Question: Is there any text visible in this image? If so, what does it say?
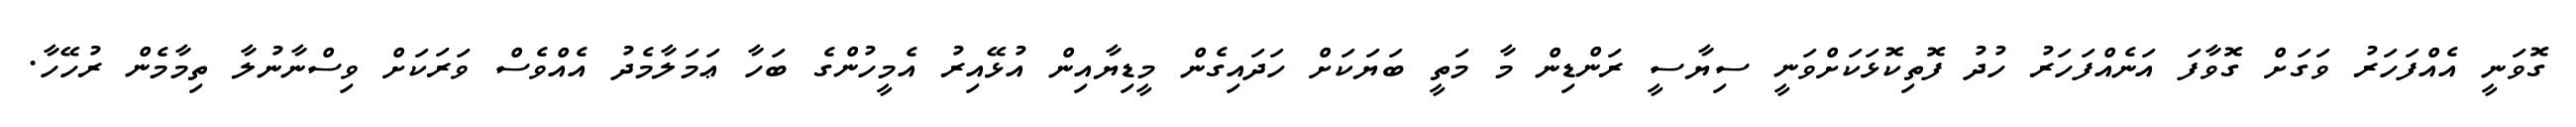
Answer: ގޮވަނީ އެއްފަހަރު ވަގަށް ގޮވާފަ އަނެއްފަހަރު ހުދު ފޮތިކޮޅަކަށްވަނީ ސިޔާސީ ރަންޑިން މާ މަތީ ބަޔަކަށް ހަދައިގެން މީޑިޔާއިން އުޅޭއިރު އެމީހުންގެ ބަހާ ޢަމަލާމެދު އެއްވެސް ވަރަކަށް ވިސްނާނުލާ ތިމާމެން ރުހޭހާ.